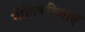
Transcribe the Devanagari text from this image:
गीतिकविताएँ